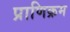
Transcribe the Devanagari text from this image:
प्राणिक्रम